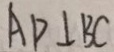
A P \bot B C